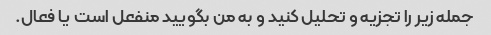
جمله زیر را تجزیه و تحلیل کنید و به من بگویید منفعل است یا فعال.